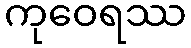
ကုဝေရဿ